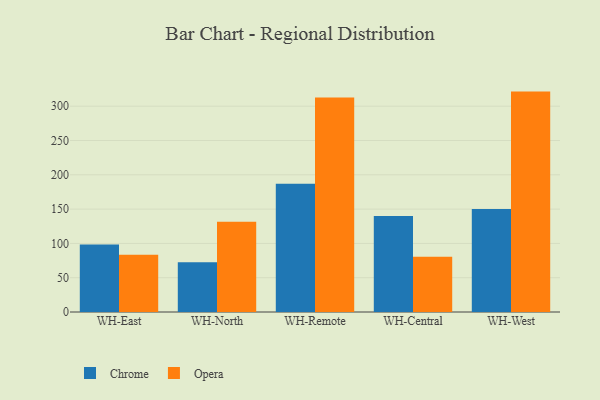
{"axis": {"x": "Warehouse", "y": "Budget (USD K)"}, "legend": ["Chrome", "Opera"], "data": [{"x": "WH-East", "y": 98.5, "type": "Chrome"}, {"x": "WH-East", "y": 83.5, "type": "Opera"}, {"x": "WH-North", "y": 72.7, "type": "Chrome"}, {"x": "WH-North", "y": 131.6, "type": "Opera"}, {"x": "WH-Remote", "y": 187.1, "type": "Chrome"}, {"x": "WH-Remote", "y": 312.6, "type": "Opera"}, {"x": "WH-Central", "y": 139.9, "type": "Chrome"}, {"x": "WH-Central", "y": 80.7, "type": "Opera"}, {"x": "WH-West", "y": 150.1, "type": "Chrome"}, {"x": "WH-West", "y": 321.3, "type": "Opera"}]}